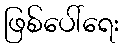
ဖြစ်ပေါ်ရေး